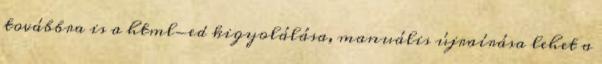
továbbra is a html-ed kigyolálása, manuális újraírása lehet a